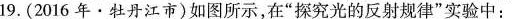
19.(2016年·牡丹江市)如图所示，在”探究光的反射规律”实验中: